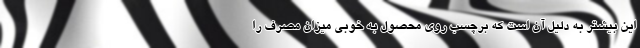
این بیشتر به دلیل آن است که برچسب روی محصول به خوبی میزان مصرف را